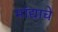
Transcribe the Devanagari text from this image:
मांद्याचे